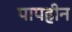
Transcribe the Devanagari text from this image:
पापहीन